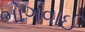
ભોગવાઈ